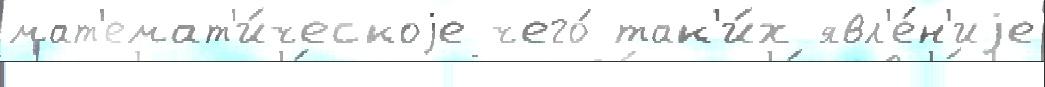
мат'емат'и́ческоjе чего́ так'и́х явл'е́н'иjе